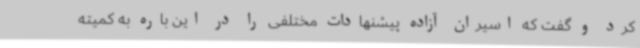
کرد و گفت که اسیران آزاده پیشنهادات مختلفی را در این باره به کمیته